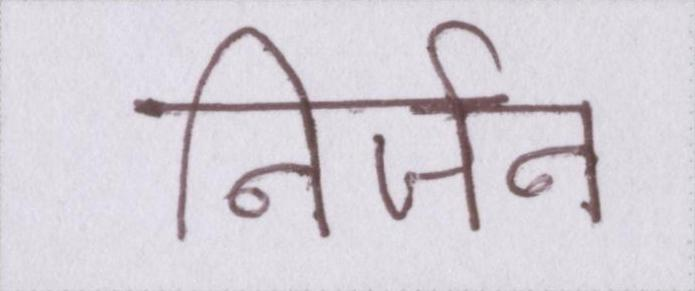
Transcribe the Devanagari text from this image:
निर्जन